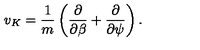
v _ { K } = \frac { 1 } { m } \left( \frac { \partial } { \partial \beta } + \frac { \partial } { \partial \psi } \right) .